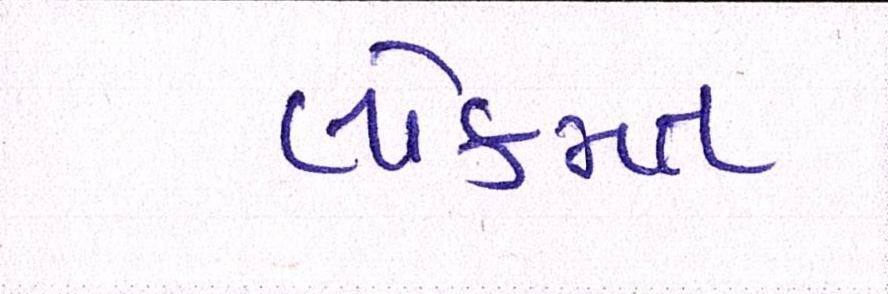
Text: લોકમત